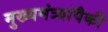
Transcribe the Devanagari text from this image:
मुख्यमंत्र्यांपैकी